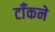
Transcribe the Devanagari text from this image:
टाँकने